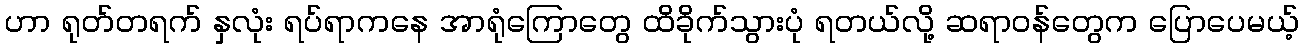
ဟာ ရုတ်တရက် နှလုံး ရပ်ရာကနေ အာရုံကြောတွေ ထိခိုက်သွားပုံ ရတယ်လို့ ဆရာဝန်တွေက ပြောပေမယ့်